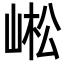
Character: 㟣